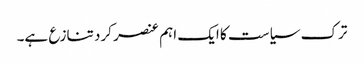
ترک سیاست کا ایک اہم عنصر کرد تنازع ہے۔